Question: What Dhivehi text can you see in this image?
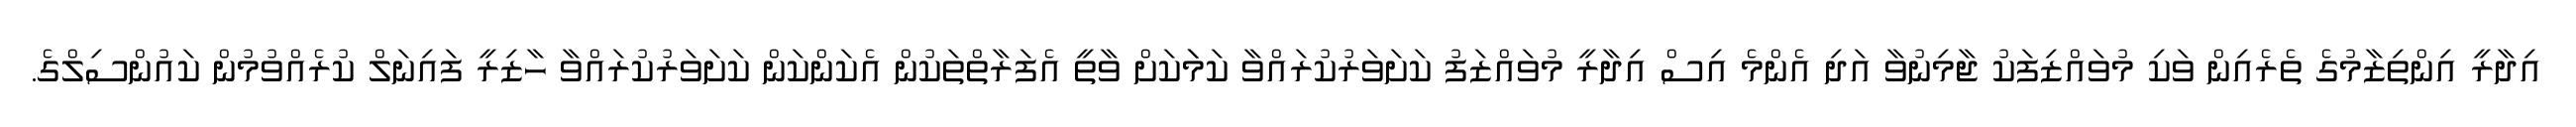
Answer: އިދާރީ އިންތިޒާމުގެ ތެރެއިން ވަކި މުވައްޒިފަކު ޖާމިނުވާ އަދި އެންމެ އިސް އިދާރީ މުވައްޒަފު ކަށަވަރުކުރައްވާ ކަމަަކަށް ވާތީ އެފަރާތްތަކުން އެކަންކަން ކަށަވަރުކުރައްވާ ހާޒިރީ ފައިނަލް ކުރެއްވުމުން ކައުންސިލްގެ.